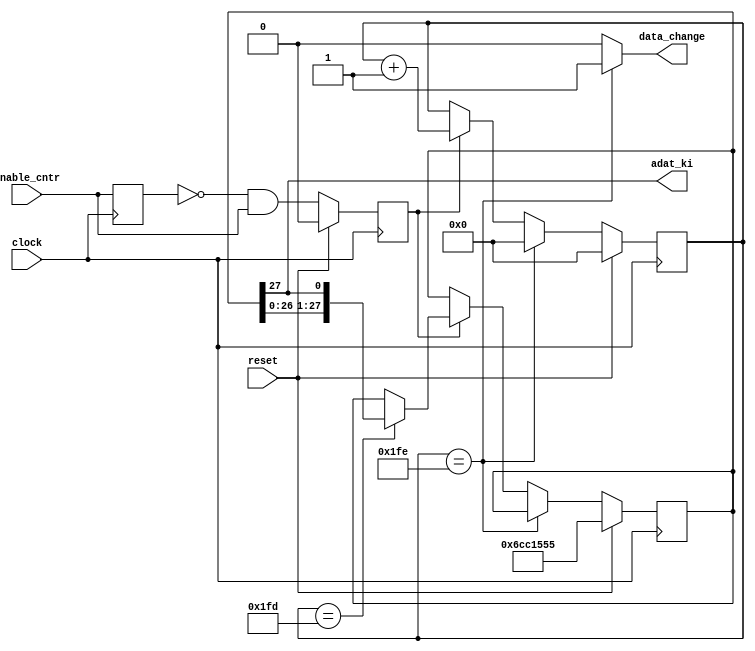
`timescale 1ns / 1ps

module Adat_Gen(
    input clock,
    input reset,
	 input enable_cntr,
    output adat_ki,
	 output data_change
    );

/***********************************************************/	 
/*Detecting the rising edge of enable counter*/
/***********************************************************/
reg old_enable_cntr;
reg enable_cntr_rise;

always @ (posedge clock)
begin
if(reset)old_enable_cntr<=0;
old_enable_cntr<=enable_cntr;
end

always @(posedge clock)
begin
	if(reset) enable_cntr_rise <= 0;
	else enable_cntr_rise <= (~old_enable_cntr && enable_cntr);
end
/***********************************************************/


/***********************************************************/
/*Generating test data*/
/***********************************************************/
reg [9:0] cntr; 
reg [27:0] shift_reg;

always @ (posedge clock)
begin
if(reset)begin
			cntr<=0;
			shift_reg<=28'b0110_1100_1100_0001_0101_0101_0101;
			// sin         0 1 _1 0 _1 0 _0 0 _0 0 _0 0 _0 0 
			// cos          1 0_ 1 0_ 1 0_ 0 1_ 1 1_ 1 1_ 1 1
			end
else if (cntr == 510) cntr <= 0;
else if(enable_cntr_rise)
		begin
			if(cntr==509)
			begin
			cntr<=cntr+1;
			shift_reg<={shift_reg[26:0],shift_reg[27]};
			end
		else 
			begin
			cntr<=cntr+1;
			end
			
		end

end
/***********************************************************/


/***********************************************************/
/*Connecting output data and the timing signal*/
/* to the module outputs*/
/***********************************************************/
assign adat_ki=shift_reg[27];
assign data_change =(cntr==510) ? 1:0;
/***********************************************************/

endmodule